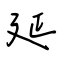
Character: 延